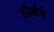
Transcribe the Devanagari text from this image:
ठोंबांचे